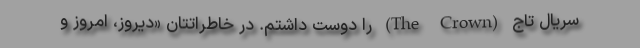
سریال تاج (The Crown) را دوست داشتم. در خاطراتتان «دیروز، امروز و